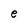
Character: e